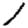
Digit: 1